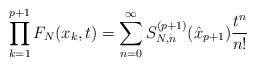
\begin{align*} \prod_{k=1}^{p+1}F_N(x_k,t) = \sum_{n=0}^{\infty} S_{N,n}^{(p+1)}(\hat{x}_{p+1})\frac{t^n}{n!}\end{align*}